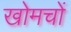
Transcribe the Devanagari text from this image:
खोमचों